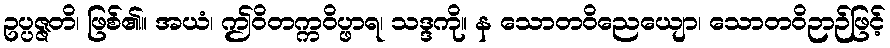
ဥပ္ပဇ္ဇတိ၊ ဖြစ်၏။ အယံ၊ ဤဝိတက္ကဝိပ္ဖာရ၊ သဒ္ဒကို။ န သောတဝိညေယျော၊ သောတဝိဉာဉ်ဖြင့်